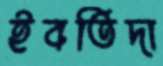
ইবতিদা